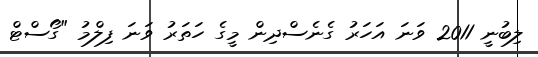
ލިބުނީ 2011 ވަނަ އަހަރު ގެނެސްދިން މީގެ ހަތަރު ވަނަ ފިލްމު "ގޯސްޓް